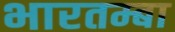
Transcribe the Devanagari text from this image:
भारतम्बा